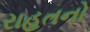
રાહતનો